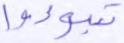
تبوءوا